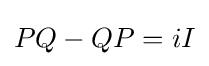
PQ-QP=iI